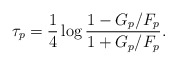
\begin{align*}\tau_p=\frac{1}{4}\log \frac{1-G_p/F_p}{1+G_p/F_p}.\end{align*}